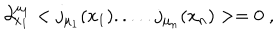
\partial _ { x _ { 1 } } ^ { \mu _ { 1 } } < j _ { \mu _ { 1 } } ( x _ { 1 } ) . . . . . j _ { \mu _ { n } } ( x _ { n } ) > = 0 \; ,